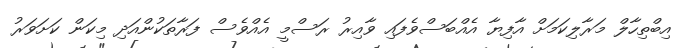
އިބްތިހާލް މަރާލިކަމަށް އާފިޔާ އެއްބަސްވެފައި ވާއިރު ރަސްމީ އެއްވެސް ފަރާތަކުންއަދި މިކަން ކަށަވަރު